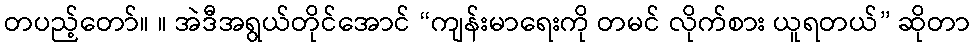
တပည့်တော်။ ။ အဲဒီအရွယ်တိုင်အောင် “ကျန်းမာရေးကို တမင် လိုက်စား ယူရတယ်” ဆိုတာ